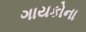
ગાયકોના